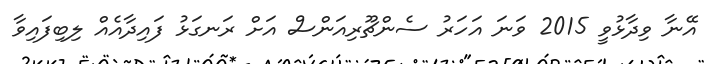
އޭނާ ވިދާޅުވީ 2015 ވަނަ އަހަރު ސެންޗޫރިއަންސް އަށް ރަނގަޅު ފައިދާއެއް ލިބިފައިވާ